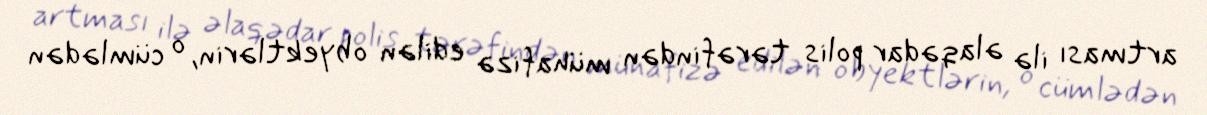
artması ilə əlaqədar polis tərəfindən mühafizə edilən obyektlərin, o cümlədən